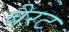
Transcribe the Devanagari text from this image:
बैरट